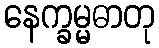
နေက္ခမ္မဓာတု